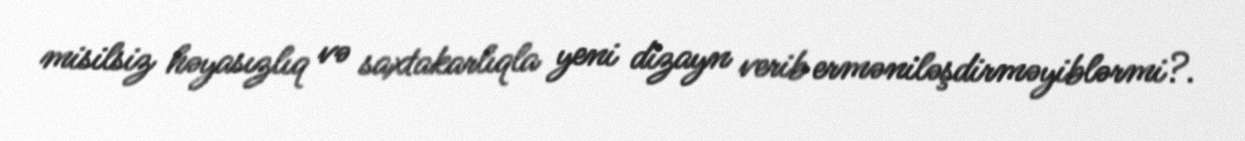
misilsiz həyasızlıq və saxtakarlıqla yeni dizayn verib erməniləşdirməyiblərmi?.